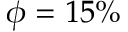
\phi = 1 5 \%